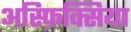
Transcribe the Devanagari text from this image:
अस्फ़िक्सिया